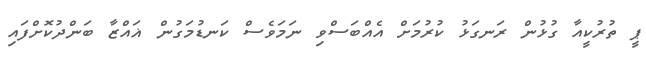
ޕީ ތުރުކީއާ ގުޅުން ރަނގަޅު ކުރުމަށް އެއްބަސްވި ނަމަވެސް ކަނޑުމަގުން ޣައްޒާ ބަންދުކޮށްފައި